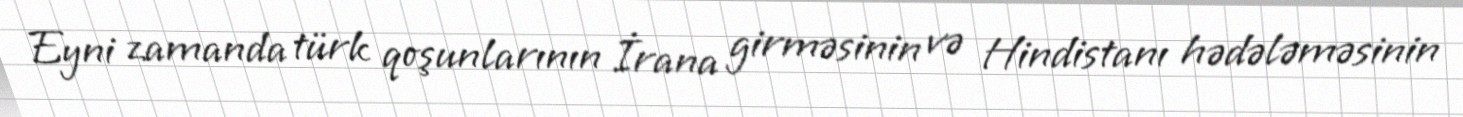
Eyni zamanda türk qoşunlarının İrana girməsinin və Hindistanı hədələməsinin